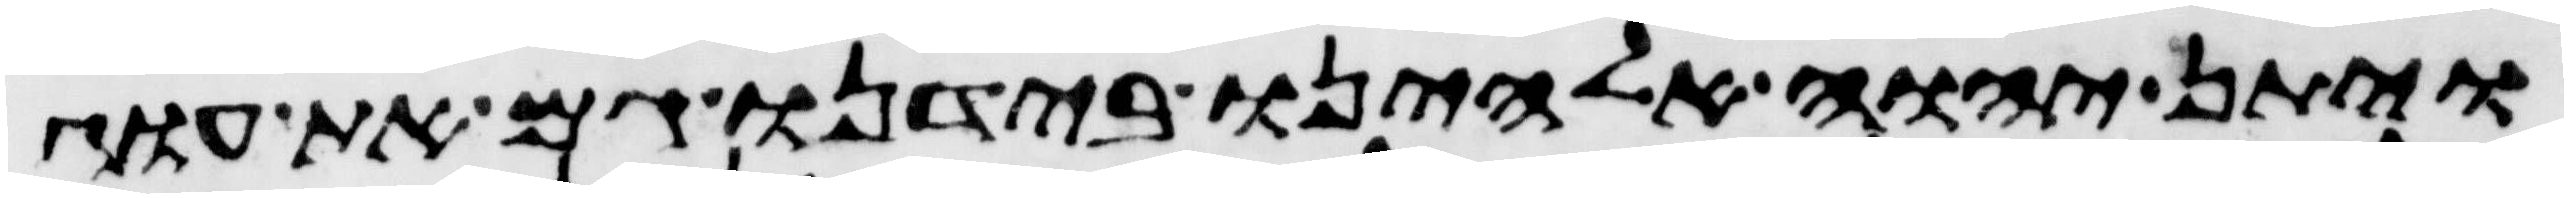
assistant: ויתן יהוה אלהינו בידנו גם את עוג